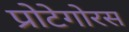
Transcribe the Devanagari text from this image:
प्रोटेगोरस